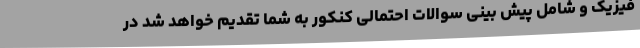
فیزیک و شامل پیش بینی سوالات احتمالی کنکور به شما تقدیم خواهد شد در